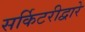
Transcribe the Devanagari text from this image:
सर्किटरीद्वारे